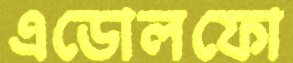
এডোলফো